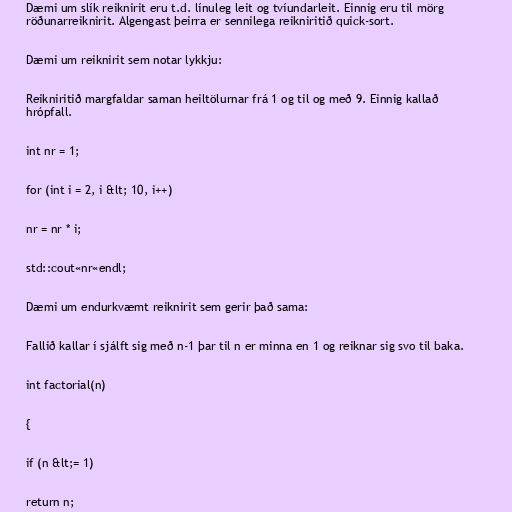
Dæmi um slík reiknirit eru t.d. línuleg leit og tvíundarleit. Einnig eru til mörg
röðunarreiknirit. Algengast þeirra er sennilega reikniritið quick-sort.

Dæmi um reiknirit sem notar lykkju:

Reikniritið margfaldar saman heiltölurnar frá 1 og til og með 9. Einnig kallað
hrópfall.

int nr = 1;

for (int i = 2, i &lt; 10, i++)

nr = nr * i;

std::cout«nr«endl;

Dæmi um endurkvæmt reiknirit sem gerir það sama:

Fallið kallar í sjálft sig með n-1 þar til n er minna en 1 og reiknar sig svo til baka.

int factorial(n)

{

if (n &lt;= 1)

return n;